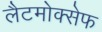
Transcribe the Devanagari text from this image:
लैटमोक्सेफ